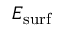
E _ { \mathrm { s u r f } }